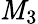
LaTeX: \mathit{M}_{3}